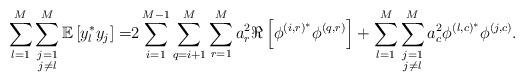
LaTeX: \begin{align*} \sum_{l=1}^M\sum\limits_{\substack{j=1\\j\neq l}}^M\mathbb{E}\left[y_l^* y_j\right]=&2\sum_{i=1}^{M-1}\sum_{q=i+1}^{M}\sum_{r=1}^M a_r^2\Re\left[\phi^{\left(i,r\right)^*}\phi^{\left(q,r\right)}\right]+\sum_{l=1}^M\sum\limits_{\substack{j=1\\j\neq l}}^M a_c^2\phi^{\left(l,c\right)^*}\phi^{\left(j,c\right)}.\end{align*}